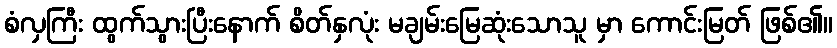
စံလှကြီး ထွက်သွားပြီးနောက် စိတ်နှလုံး မချမ်းမြေဆုံးသောသူ မှာ ကောင်းမြတ် ဖြစ်၏။